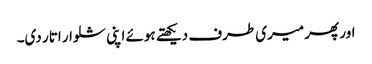
اور پھر میری طرف دیکھتے ہوئے اپنی شلوار اتار دی۔